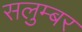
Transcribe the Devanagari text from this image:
सलुम्‍बर